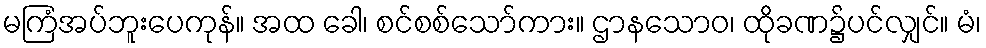
မကြံအပ်ဘူးပေကုန်။ အထ ခေါ၊ စင်စစ်သော်ကား။ ဌာနသောဝ၊ ထိုခဏ၌ပင်လျှင်။ မံ၊